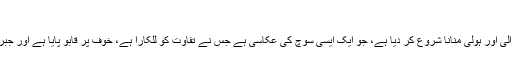
"
انہوں نے پاکستان فارورڈ کو بتایا، "اقلیتی برادریوں نے کرسمس، دیوالی اور ہولی منانا شروع کر دیا ہے، جو ایک ایسی سوچ کی عکاسی ہے جس نے تفاوت کو للکارا ہے، خوف پر قابو پایا ہے اور جبر اور استحسال سے پاک ایک نئے آغاز کے احساس کی ابتداء کی ہے۔